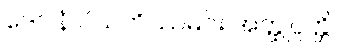
ဒေဝါနံ ပိယတိဿမင်း အတ္ထုပ္ပတ္တိ